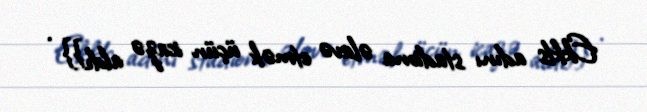
Ekkls adını stadiona əlavə etmək üçün icazə aldı}} .